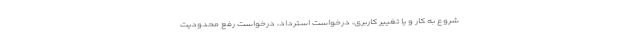
شروع به کار و یا تغییر کاربری، درخواست استرداد، درخواست رفع محدودیت